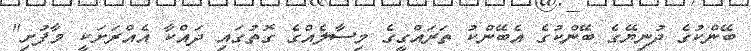
ބޭންކުގެ ދުނިޔޭގެ ބޭންކުގެ އެބޭންކު ތަރައްގީގެ މިސާލެއްގެ ގޮތުގައި ދައްކާ އެއްރަށަކީ މާފުށި"